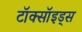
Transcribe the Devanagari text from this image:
टॉक्सॉइड्स